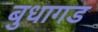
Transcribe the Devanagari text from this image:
बुधागड